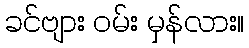
ခင်ဗျား ဝမ်း မှန်လား။